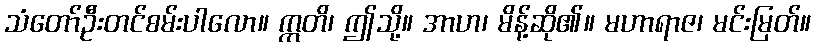
သံတော်ဦးတင်စမ်းပါလော။ ဣတိ၊ ဤသို့။ အာဟ၊ မိန့်ဆို၏။ မဟာရာဇ၊ မင်းမြတ်။